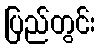
ပြည်တွင်း